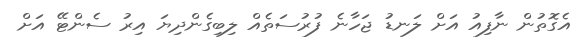
އެގޮތުން ނާފިއު އަށް ލަނޑު ޖަހާނެ ފުރުސަތެއް ލިބިގެންދިޔަ އިރު ސެންޓޭ އަށް